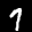
Digit: 7